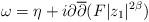
LaTeX: \begin{align*} \omega= \eta + i \partial \overline{\partial} (F |z_1|^{2\beta})\end{align*}